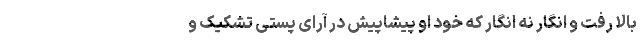
بالا رفت و انگار نه انگار که خود او پیشاپیش در آرای پستی تشکیک و